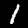
Digit: 1